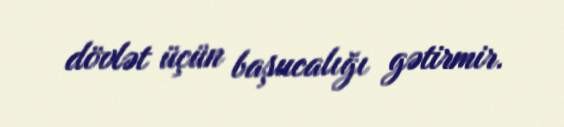
dövlət üçün başucalığı gətirmir.